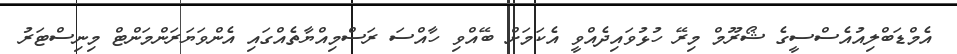
އެމްޑަބްލިއުއެސްސީގެ ޝޯރޫމް މިރޭ ހުޅުވައިދެއްވީ އެކަމަށް ބޭއްވި ހާއްސަ ރަސްމިއްޔާތެއްގައި އެންވަޔަރަންމަންޓް މިނިސްޓަރު